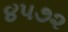
૪૫૭૨